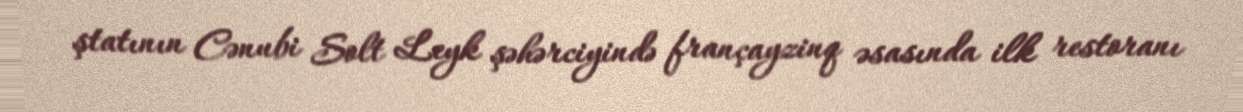
ştatının Cənubi Solt Leyk şəhərciyində françayzinq əsasında ilk restoranı